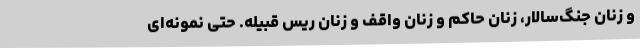
و زنان جنگ‌سالار، زنان حاکم و زنان واقف و زنان ریس قبیله. حتی نمونه‌ای